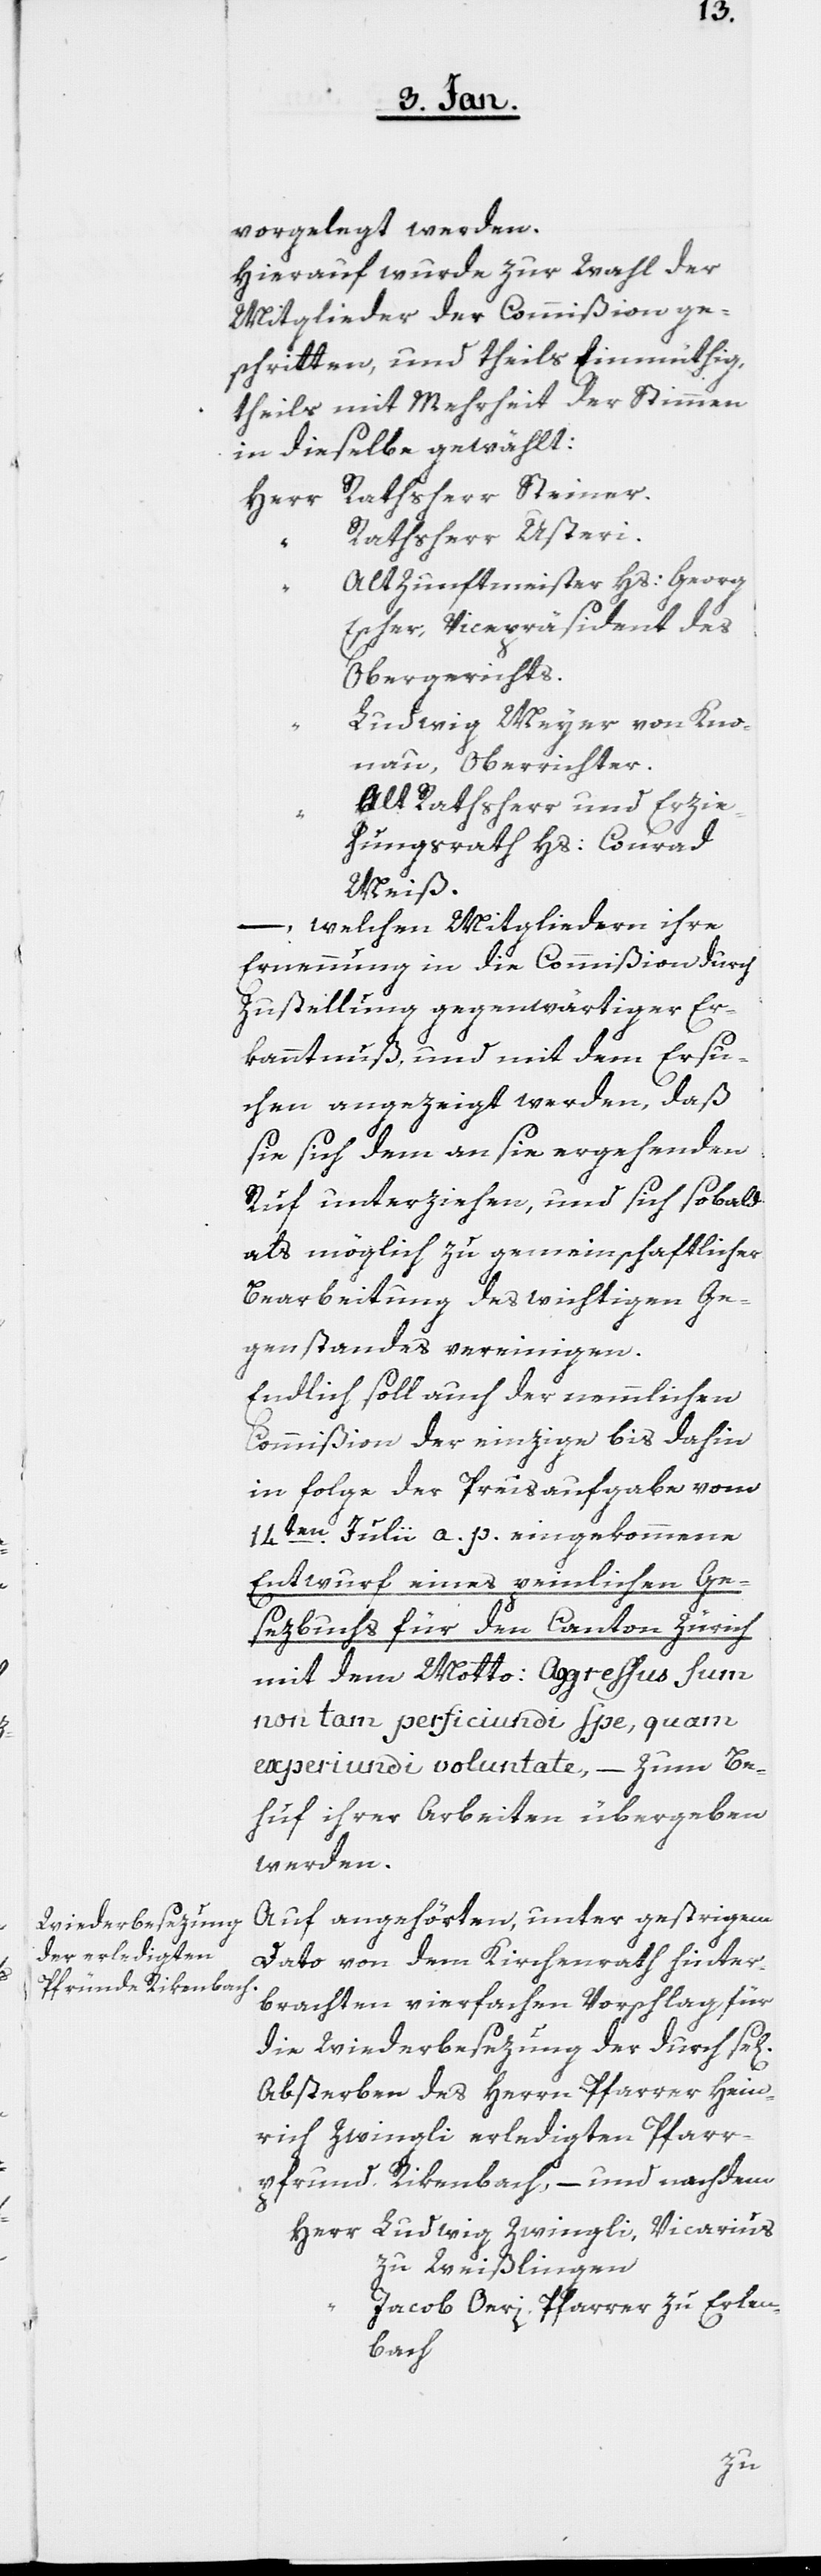
vorgelegt werden.
Hierauf wurde zur Wahl der
Mitglieder der Commißion ge¬
schritten, und theils Einmüthig,
theils mit Mehrheit der Stimme¬
n dieselben gewählt:
Herr Rathsherr Steiner.
Rathsherr Usteri.
“
Altzunftmeister Hs. Georg
Escher, Vicepräsident des
Obergerichts;
Ludwig Meyer von Kno¬
nau, Oberrichter.
Alt Rathsherr und Erzie¬
es]
hungsrath Hs: Conrad
Meiß.
–, welchen Mitgliedern ihre
Ernennung in die Commißion durch
Zustellung gegenwärtiger Er¬
kanntnuß, und mit dem Ersu¬
chen angezeigt werden, daß
sie sich dem an sie ergehenden
Ruf unterziehen, und sich sobald
als möglich zu gemeinschaftlicher
Bearbeitung des wichtigen Ge¬
genstandes vereinigen.
Endlich soll auch der nemmlichen
Commißion der einzige bis dahin
in folge der Preisaufgabe vom
14ten. Julii a. p. eingekommene
Entwurf eines peinlichen Ge¬
sezbuchs für den Canton Zürich
mit dem Motto: Agressus sum
non tam perficiundi spe, quam
experiundi voluntate, – zum Be¬
huf ihrer Arbeiten übergeben
werden.
Auf angehörten, unter gestrigem
Dato von dem Kirchenrath hinter¬
brachten vierfachen Vorschlag für
die Wiederbesezung der durch se[lig¬
Absterben des Herrn Pfarrer Hein¬
rich Zwingli erledigten Pfarr¬
pfrund Rikenbach, – und nachdem
Herr Ludwig Zwingli, Vicarius
zu Weißlingen
Jacob Oeri, Pfarrer zu Erlen¬
bach